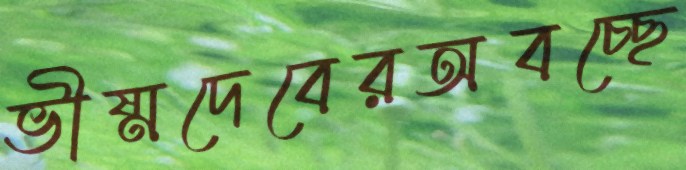
ভীষ্মদেবেরঅবচ্ছে